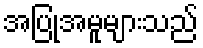
အပြုအမူများသည်